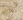
نواة